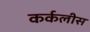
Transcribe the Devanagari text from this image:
कर्कलीस